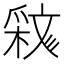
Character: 𣁝